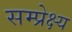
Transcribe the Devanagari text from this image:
सम्प्रेक्ष्य